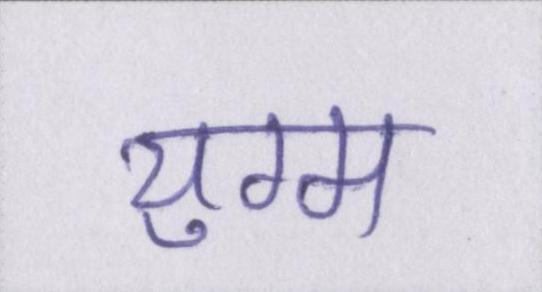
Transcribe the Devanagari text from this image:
युग्म